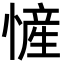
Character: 㦃